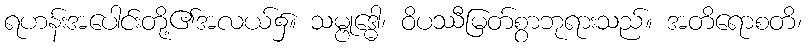
ရဟန်းအပေါင်းတို့၏အလယ်၌။ သမ္ဗုဒ္ဓေါ၊ ဝိပဿီမြတ်စွာဘုရားသည်။ အတိရောစတိ၊